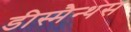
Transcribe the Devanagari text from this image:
डीस्मैन्थस